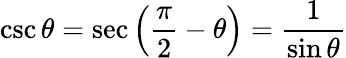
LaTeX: \csc\theta=\sec\left({\frac{\pi}{2}}-\theta\right)={\frac{1}{\sin\theta}}